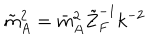
LaTeX: \tilde { m } _ { A } ^ { 2 } = \bar { m } _ { A } ^ { 2 } \tilde { Z } _ { F } ^ { - 1 } k ^ { - 2 }